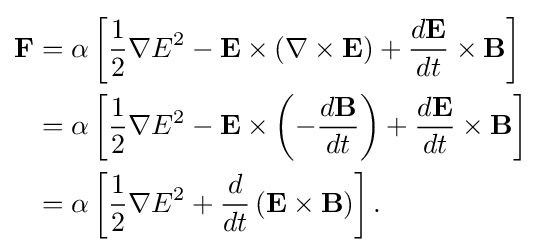
{\begin{aligned}\mathbf {F} &=\alpha \left[{\frac {1}{2}}\nabla E^{2}-\mathbf {E} \times \left(\nabla \times \mathbf {E} \right)+{\frac {d\mathbf {E} }{dt}}\times \mathbf {B} \right]\\&=\alpha \left[{\frac {1}{2}}\nabla E^{2}-\mathbf {E} \times \left(-{\frac {d\mathbf {B} }{dt}}\right)+{\frac {d\mathbf {E} }{dt}}\times \mathbf {B} \right]\\&=\alpha \left[{\frac {1}{2}}\nabla E^{2}+{\frac {d}{dt}}\left(\mathbf {E} \times \mathbf {B} \right)\right].\\\end{aligned}}